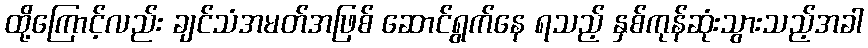
ထို့ကြောင့်လည်း ချင်သံအမတ်အဖြစ် ဆောင်ရွက်နေ ရသည့် နှစ်ကုန်ဆုံးသွားသည့်အခါ